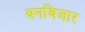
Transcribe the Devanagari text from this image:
बनबिलार